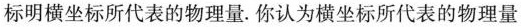
标明横坐标所代表的物理量。你认为横坐标所代表的物理量